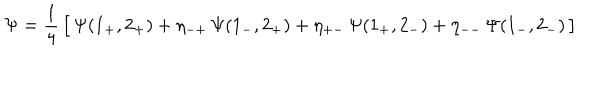
LaTeX: \Psi = { \frac { 1 } { 4 } } \, \bigl [ \, \Psi ( 1 _ { + } , 2 _ { + } ) + \eta _ { - + } \, \Psi ( 1 _ { - } , 2 _ { + } ) + \eta _ { + - } \, \Psi ( 1 _ { + } , 2 _ { - } ) + \eta _ { -- } \, \Psi ( 1 _ { - } , 2 _ { - } ) \, \bigr ]